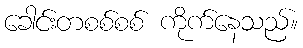
ခေါင်းတစစ်စစ် ကိုက်နေသည်။